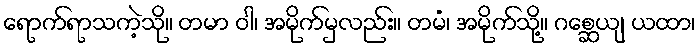
ရောက်ရာသကဲ့သို။ တမာ ဝါ၊ အမိုက်မှလည်း။ တမံ၊ အမိုက်သို့။ ဂစ္ဆေယျ ယထာ၊